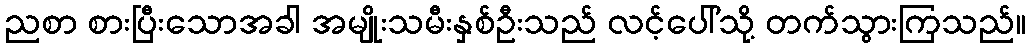
ညစာ စားပြီးသောအခါ အမျိုးသမီးနှစ်ဦးသည် လင့်ပေါ်သို့ တက်သွားကြသည်။